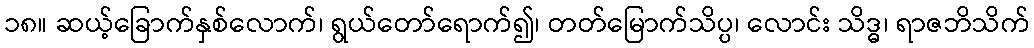
၁၈။ ဆယ့်ခြောက်နှစ်လောက်၊ ရွယ်တော်ရောက်၍၊ တတ်မြောက်သိပ္ပ၊ လောင်း သိဒ္ဓ၊ ရာဇဘိသိက်